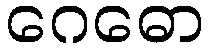
ဂေဓော